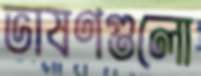
ভাষণগুলো